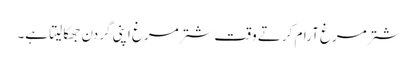
شترمرغ آرام کرتے وقت شترمرغ اپنی گردن جھکا لیتا ہے۔